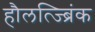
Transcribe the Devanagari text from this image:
हौलत्ज्ब्रिंक